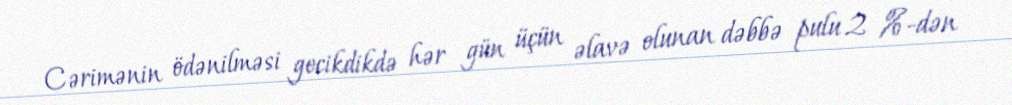
Cərimənin ödənilməsi gecikdikdə hər gün üçün əlavə olunan dəbbə pulu 2 %-dən